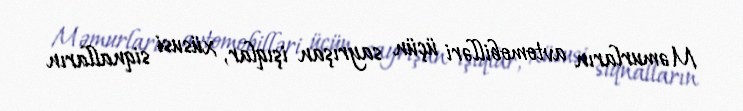
Məmurların avtomobilləri üçün sayrışan işıqlar, xüsusi siqnalların